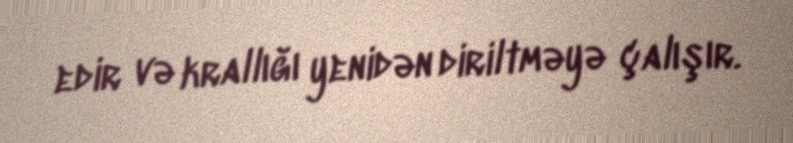
edir və krallığı yenidən diriltməyə çalışır.